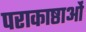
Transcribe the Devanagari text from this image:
पराकाष्ठाओं